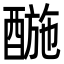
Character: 𨡪